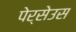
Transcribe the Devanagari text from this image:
पेर्सेउस